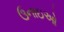
ઉનાઇઓ